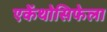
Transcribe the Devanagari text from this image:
एकेंथोसिफेला